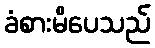
ခံစားမိပေသည်